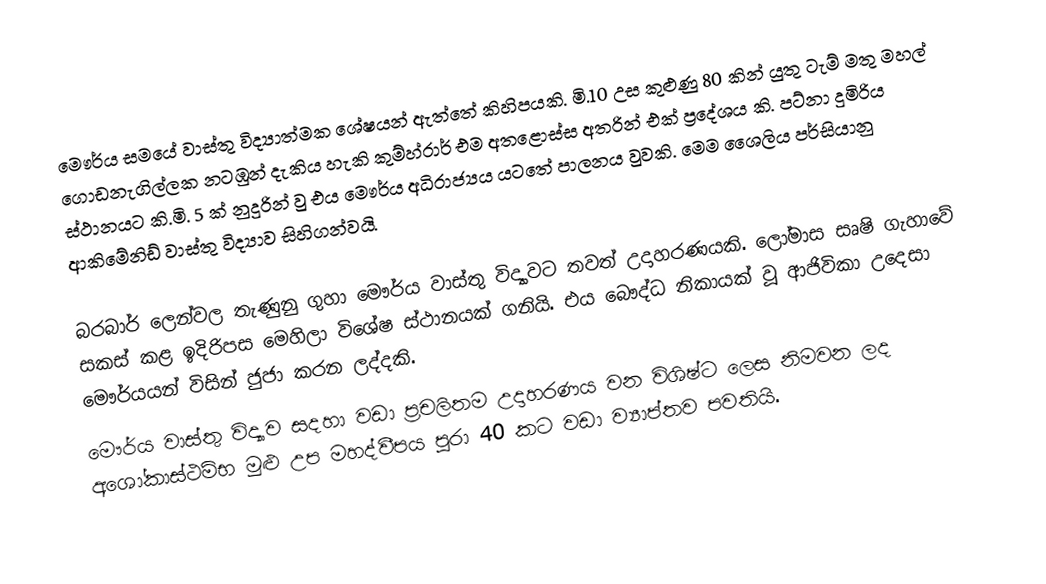
මෞර්ය සමයේ වාස්තු විද්‍යාත්මක ශේෂයන් ඇත්තේ කිහිපයකි. මි.10 උස කුළුණු 80 කින් යුතු ටැම් මතු මහල් ගොඩනැගිල්ලක නටඹුන් දැකිය හැකි කුම්හ්රාර් එම අතළොස්ස අතරින් එක් ප්‍රදේශය කි. පට්නා දුමිරිය ස්ථානයට කි.මි. 5 ක් නුදුරින් වු එය මෞර්ය අධිරාජ්‍යය යටතේ පාලනය වුවකි. මෙම ශෛලිය පර්සියානු ආකිමේනිඩ් වාස්තු විද්‍යාව සිහිගන්වයි.

බරබාර් ලෙන්වල තැණුනු ගුහා මෞර්ය වාස්තු විද්‍යාවට තවත් උදාහරණයකි. ලෝමාස සෘෂි ගැහාවේ සකස් කළ ඉදිරිපස මෙහිලා විශේෂ ස්ථානයක් ගනියි. එය බෞද්ධ නිකායක් වූ ආජිවිකා උදෙසා මෞර්යයන් විසින් ජුජා කරන ලද්දකි.
මෞර්ය වාස්තු විද්‍යාව සදහා වඩා ප්‍රචලිතම උදාහරණය වන විශිෂ්ට ලෙස නිමවන ලද ‍‍අශෝකාස්ථම්භ මුළු උප මහද්වීපය පුරා 40 කට වඩා ව්‍යාප්තව පවතියි.